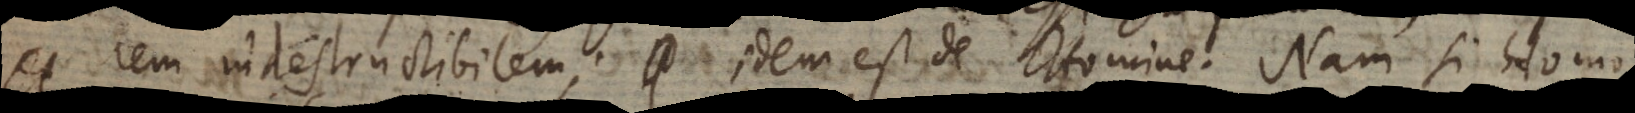
e rem indestructibilem; idem est de Homine. Nam si homo